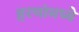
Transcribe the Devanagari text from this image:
हरणांमध्ये